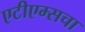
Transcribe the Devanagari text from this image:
एटीएम्सचा